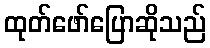
ထုတ်ဖော်ပြောဆိုသည်